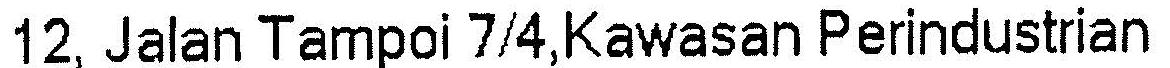
12, JALAN TAMPOI 7/4,KAWASAN PERINDUSTRIAN